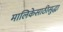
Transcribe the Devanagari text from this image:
मालिकेसाठीसुद्धा